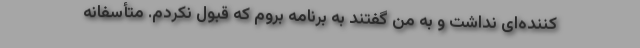
کننده‌ای نداشت و به من گفتند به برنامه بروم که قبول نکردم. متأسفانه